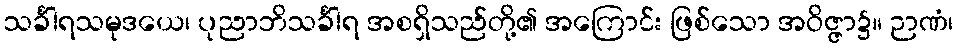
သင်္ခါရသမုဒယေ၊ ပုညာဘိသင်္ခါရ အစရှိသည်တို့၏ အကြောင်း ဖြစ်သော အဝိဇ္ဇာ၌။ ဉာဏံ၊